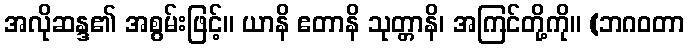
အလိုဆန္ဒ၏ အစွမ်းဖြင့်။ ယာနိ ဧတာနိ သုတ္တာနိ၊ အကြင်တို့ကို။ (ဘဂဝတာ